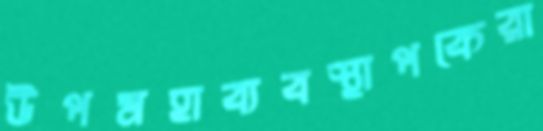
উপমহাব্যবস্থাপকেরা